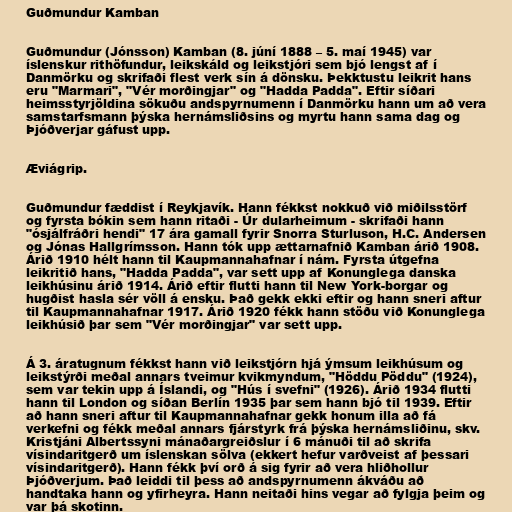
Guðmundur Kamban

Guðmundur (Jónsson) Kamban (8. júní 1888 – 5. maí 1945) var
íslenskur rithöfundur, leikskáld og leikstjóri sem bjó lengst af í
Danmörku og skrifaði flest verk sín á dönsku. Þekktustu leikrit hans
eru "Marmari", "Vér morðingjar" og "Hadda Padda". Eftir síðari
heimsstyrjöldina sökuðu andspyrnumenn í Danmörku hann um að vera
samstarfsmann þýska hernámsliðsins og myrtu hann sama dag og
Þjóðverjar gáfust upp.

Æviágrip.

Guðmundur fæddist í Reykjavík. Hann fékkst nokkuð við miðilsstörf
og fyrsta bókin sem hann ritaði - Úr dularheimum - skrifaði hann
"ósjálfráðri hendi" 17 ára gamall fyrir Snorra Sturluson, H.C. Andersen
og Jónas Hallgrímsson. Hann tók upp ættarnafnið Kamban árið 1908.
Árið 1910 hélt hann til Kaupmannahafnar í nám. Fyrsta útgefna
leikritið hans, "Hadda Padda", var sett upp af Konunglega danska
leikhúsinu árið 1914. Árið eftir flutti hann til New York-borgar og
hugðist hasla sér völl á ensku. Það gekk ekki eftir og hann sneri aftur
til Kaupmannahafnar 1917. Árið 1920 fékk hann stöðu við Konunglega
leikhúsið þar sem "Vér morðingjar" var sett upp.

Á 3. áratugnum fékkst hann við leikstjórn hjá ýmsum leikhúsum og
leikstýrði meðal annars tveimur kvikmyndum, "Höddu Pöddu" (1924),
sem var tekin upp á Íslandi, og "Hús í svefni" (1926). Árið 1934 flutti
hann til London og síðan Berlín 1935 þar sem hann bjó til 1939. Eftir
að hann sneri aftur til Kaupmannahafnar gekk honum illa að fá
verkefni og fékk meðal annars fjárstyrk frá þýska hernámsliðinu, skv.
Kristjáni Albertssyni mánaðargreiðslur í 6 mánuði til að skrifa
vísindaritgerð um íslenskan sölva (ekkert hefur varðveist af þessari
vísindaritgerð). Hann fékk því orð á sig fyrir að vera hliðhollur
Þjóðverjum. Það leiddi til þess að andspyrnumenn ákváðu að
handtaka hann og yfirheyra. Hann neitaði hins vegar að fylgja þeim og
var þá skotinn.